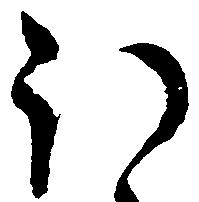
ほ